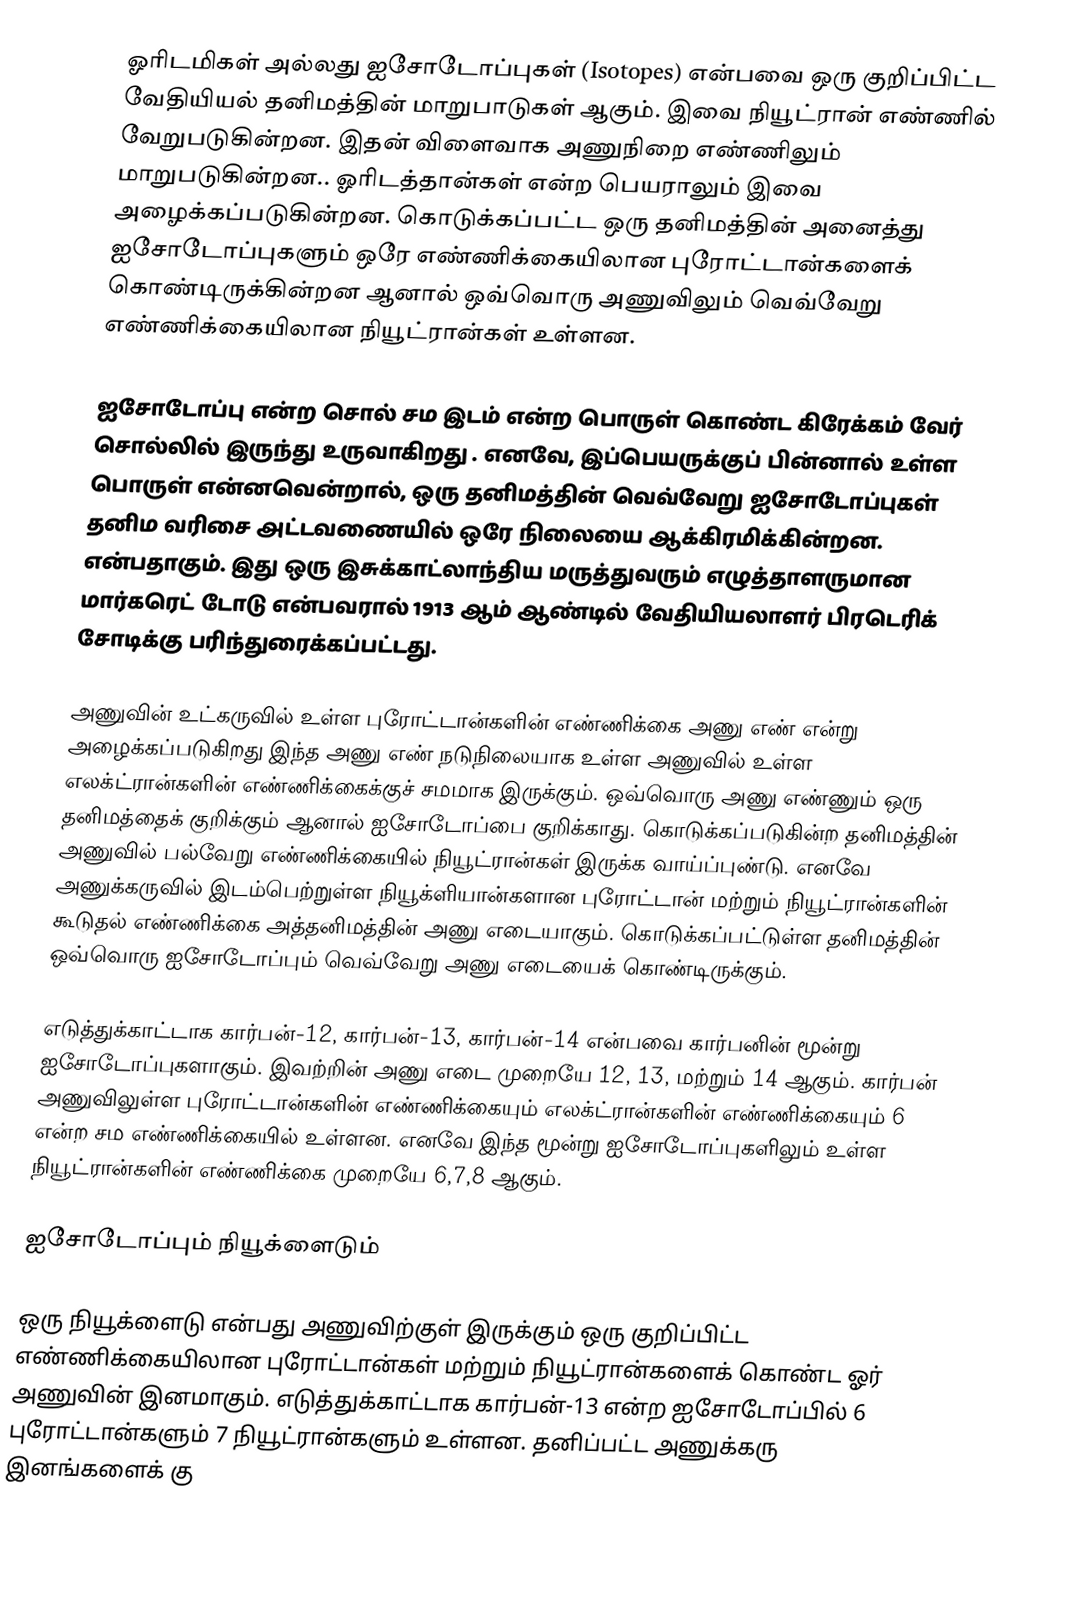
ஓரிடமிகள் அல்லது ஐசோடோப்புகள் (Isotopes) என்பவை ஒரு குறிப்பிட்ட வேதியியல் தனிமத்தின் மாறுபாடுகள் ஆகும். இவை நியூட்ரான் எண்ணில் வேறுபடுகின்றன. இதன் விளைவாக அணுநிறை எண்ணிலும் மாறுபடுகின்றன.. ஓரிடத்தான்கள் என்ற பெயராலும் இவை அழைக்கப்படுகின்றன. கொடுக்கப்பட்ட ஒரு தனிமத்தின் அனைத்து ஐசோடோப்புகளும் ஒரே எண்ணிக்கையிலான புரோட்டான்களைக் கொண்டிருக்கின்றன  ஆனால் ஒவ்வொரு அணுவிலும் வெவ்வேறு எண்ணிக்கையிலான நியூட்ரான்கள் உள்ளன.

ஐசோடோப்பு என்ற சொல் சம இடம் என்ற பொருள் கொண்ட கிரேக்கம் வேர் சொல்லில் இருந்து உருவாகிறது . எனவே, இப்பெயருக்குப் பின்னால் உள்ள பொருள் என்னவென்றால், ஒரு தனிமத்தின் வெவ்வேறு ஐசோடோப்புகள்  தனிம வரிசை அட்டவணையில் ஒரே நிலையை ஆக்கிரமிக்கின்றன. என்பதாகும். இது ஒரு இசுக்காட்லாந்திய மருத்துவரும் எழுத்தாளருமான மார்கரெட் டோடு என்பவரால் 1913 ஆம் ஆண்டில் வேதியியலாளர் பிரடெரிக் சோடிக்கு பரிந்துரைக்கப்பட்டது.

அணுவின் உட்கருவில் உள்ள புரோட்டான்களின் எண்ணிக்கை அணு எண் என்று அழைக்கப்படுகிறது இந்த அணு எண்  நடுநிலையாக உள்ள அணுவில் உள்ள எலக்ட்ரான்களின் எண்ணிக்கைக்குச் சமமாக இருக்கும். ஒவ்வொரு அணு எண்ணும் ஒரு தனிமத்தைக் குறிக்கும் ஆனால் ஐசோடோப்பை குறிக்காது. கொடுக்கப்படுகின்ற தனிமத்தின் அணுவில் பல்வேறு எண்ணிக்கையில் நியூட்ரான்கள் இருக்க வாய்ப்புண்டு. எனவே அணுக்கருவில் இடம்பெற்றுள்ள நியூக்ளியான்களான புரோட்டான் மற்றும் நியூட்ரான்களின் கூடுதல் எண்ணிக்கை அத்தனிமத்தின் அணு எடையாகும். கொடுக்கப்பட்டுள்ள தனிமத்தின் ஒவ்வொரு ஐசோடோப்பும் வெவ்வேறு அணு எடையைக் கொண்டிருக்கும்.

எடுத்துக்காட்டாக கார்பன்-12, கார்பன்-13, கார்பன்-14 என்பவை கார்பனின் மூன்று ஐசோடோப்புகளாகும். இவற்றின் அணு எடை முறையே 12, 13, மற்றும் 14 ஆகும். கார்பன் அணுவிலுள்ள புரோட்டான்களின் எண்ணிக்கையும் எலக்ட்ரான்களின் எண்ணிக்கையும் 6 என்ற சம எண்ணிக்கையில் உள்ளன. எனவே இந்த மூன்று ஐசோடோப்புகளிலும் உள்ள நியூட்ரான்களின் எண்ணிக்கை முறையே 6,7,8 ஆகும்.

ஐசோடோப்பும் நியூக்ளைடும்

ஒரு நியூக்ளைடு என்பது அணுவிற்குள் இருக்கும் ஒரு குறிப்பிட்ட எண்ணிக்கையிலான புரோட்டான்கள் மற்றும் நியூட்ரான்களைக் கொண்ட ஓர் அணுவின் இனமாகும். எடுத்துக்காட்டாக கார்பன்-13 என்ற ஐசோடோப்பில் 6 புரோட்டான்களும் 7 நியூட்ரான்களும் உள்ளன. தனிப்பட்ட அணுக்கரு இனங்களைக் கு